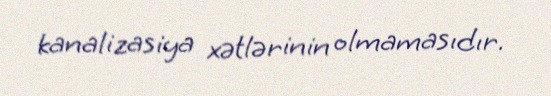
kanalizasiya xətlərinin olmamasıdır.